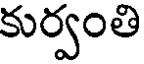
కుర్వంతి